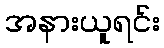
အနားယူရင်း